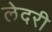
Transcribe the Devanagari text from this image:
लेदरी